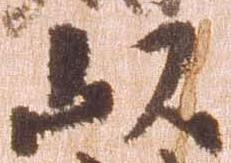
以